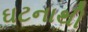
ઘટનાથી